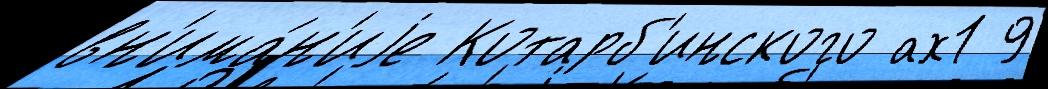
вн'има́н'иjе Котарб'инского ах1 9